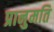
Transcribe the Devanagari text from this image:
प्रानुमति